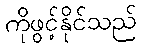
ကိုဖွင့်နိုင်သည်